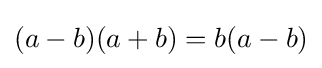
(a-b)(a+b)=b(a-b)